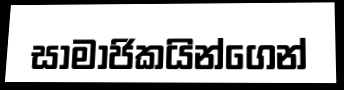
සාමාජිකයින්ගෙන්